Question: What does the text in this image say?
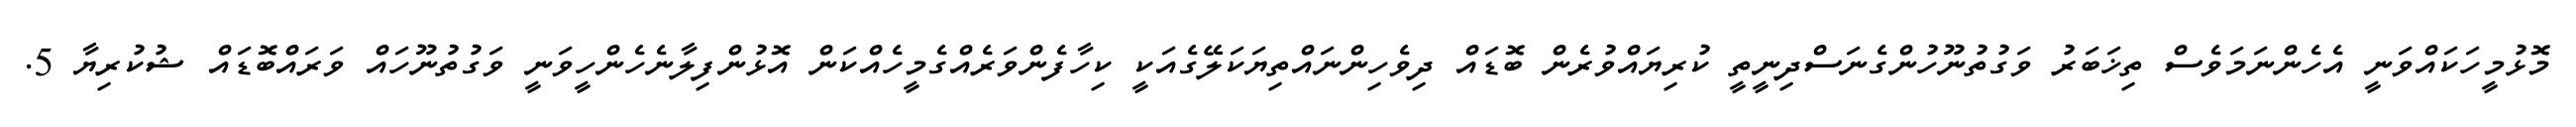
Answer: މޮޅުމީހަކައްވަނީ އެހެންނަމަވެސް ތިޚަބަރު ވަގުތުނޫހުންގެނަސްދިނީތީ ކުރިޔައްވުރެން ބޮޑައް ދިވެހިންނައްތިޔަކަލޭގެއަކީ ކިހާފެންވަރެއްގެމީހެއްކަން އޮޅުންފިލާނެހެންހީވަނީ ވަގުތުނޫހައް ވަރައްބޮޑައް ޝުކުރިޔާ 5.